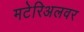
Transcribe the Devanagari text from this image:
मटेरिअलवर